Annual administration report of the Civil Veterinary Department, Ajmere-Merwara, British Rajputana - 1914-1940
Year: 1914
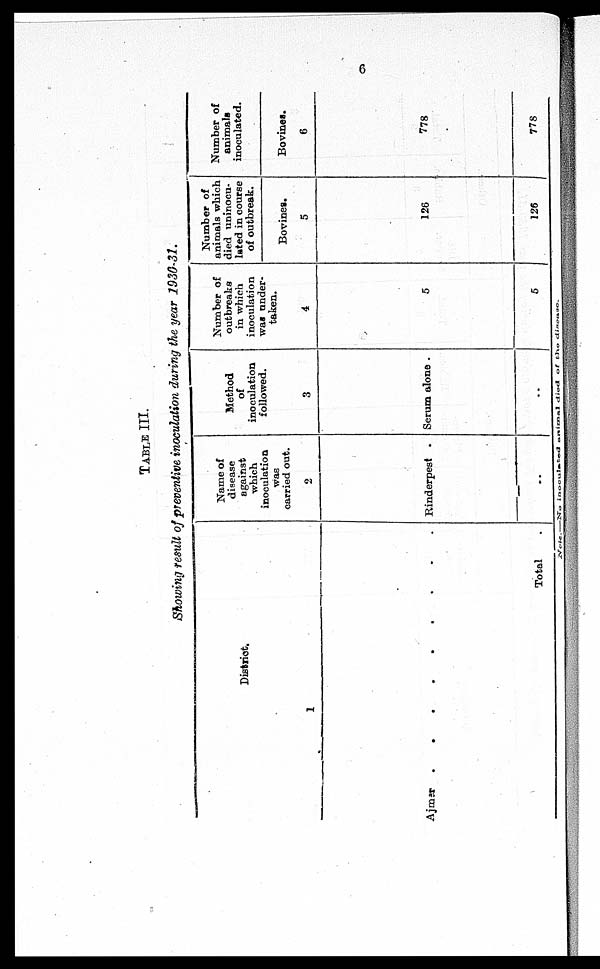
6
TABLE III.
Showing result of preventive inoculation during the year 1930-31.
District.
1
Ajmer . . . . . .
Total .
Name of
disease
against
which
inoculation
was
carried out.
2
Rinderpest .
..
Method
of
inoculation
followed.
3
Serum alone .
..
Number of
outbreaks
in which
inoculation
was under-
taken.
4
5
5
Number of
animals which
died uninocu-
lated in course
of outbreak.
Bovines.
5
126
126
Number of
animals
inoculated.
Bovines.
6
778
778
Note: No inoculated animal died of the disease.